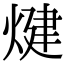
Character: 煡